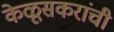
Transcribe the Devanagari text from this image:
केळूसकरांची